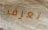
تعرف